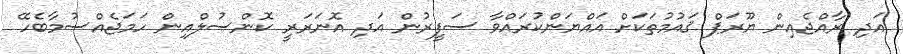
އަދި ރާއްޖެއިން ޔޫރަޕް ޤައުމުތަކަށް އައްޔަންކުރައްވާ ސަފީރުން އަދި އޮނަރަރީ ކޮންސުލްއިން ހަމަޖެއްސުމާބެހޭ